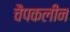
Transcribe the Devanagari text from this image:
चैपकलीन